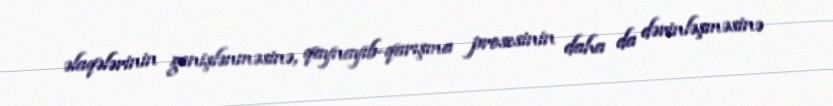
əlaqələrinin genişlənməsinə, qaynayıb-qarışma prosesinin daha da dərinləşməsinə